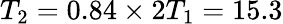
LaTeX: T_{2}=0.84\times 2T_{1}=15.3